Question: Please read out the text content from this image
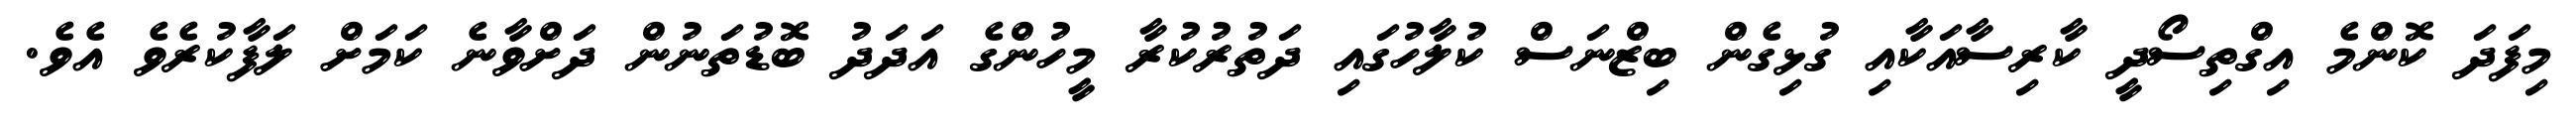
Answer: މިފަދަ ކޮންމެ އިގްތިސޯދީ ކާރިސާއަކާއި ގުޅިގެން ބިޒްނަސް ކުލާހުގައި ދަތުރުކުރާ މީހުންގެ އަދަދު ބޮޑުތަނުން ދަށްވާނެ ކަމަށް ލަފާކުރެވެ އެވެ.